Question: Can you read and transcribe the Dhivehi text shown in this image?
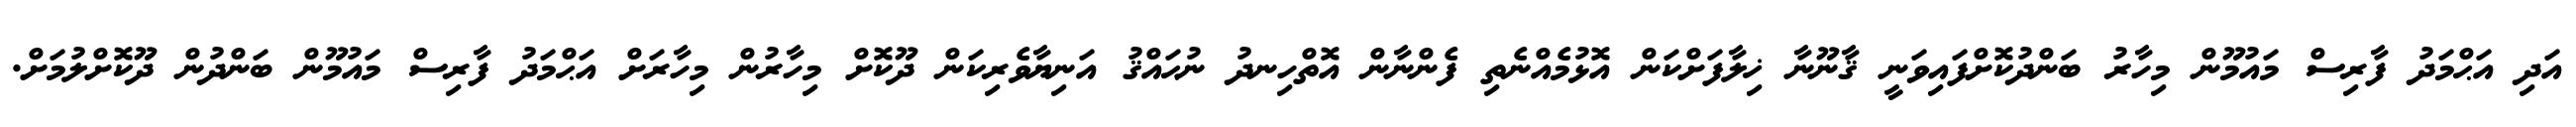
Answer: އަދި އަޙްމަދު ފާރިސް މައުމޫން މިހާރު ބަންދުކޮށްފައިވަނީ ޤާނޫނާ ޚިލާފަށްކަން އޮޅުމެއްނެތި ފެންނާން އޮތްހިނދު ނުޙައްޤު އަނިޔާވެރިކަން ދޫކޮށް މިހާރުން މިހާރަށް އަޙްމަދު ފާރިސް މައުމޫން ބަންދުން ދޫކޮށްލުމަށް.